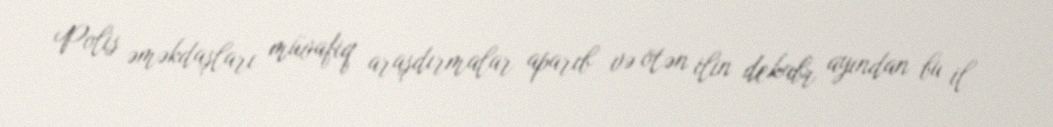
Polis əməkdaşları müvafiq araşdırmalar aparıb və ötən ilin dekabr ayından bu il